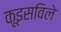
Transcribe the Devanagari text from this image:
कूइसविले